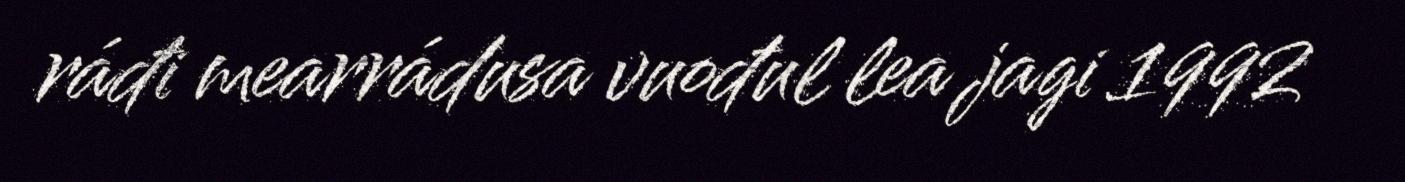
ráđi mearrádusa vuođul lea jagi 1992